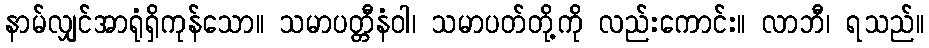
နာမ်လျှင်အာရုံရှိကုန်သော။ သမာပတ္တီနံဝါ၊ သမာပတ်တို့ကို လည်းကောင်း။ လာဘီ၊ ရသည်။